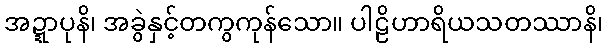
အဍ္ဍာပုနိ၊ အခွဲနှင့်တကွကုန်သော။ ပါဠိဟာရိယသတဿာနိ၊